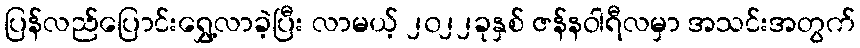
ပြန်လည်ပြောင်းရွှေ့လာခဲ့ပြီး လာမယ့် ၂၀၂၂ခုနှစ် ဇန်နဝါရီလမှာ အသင်းအတွက်